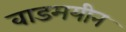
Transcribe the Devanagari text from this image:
वाडमयीन